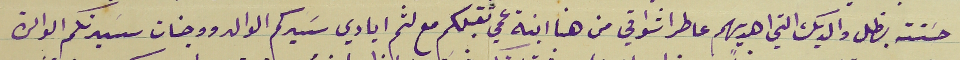
حسَنة بظل والديك التي اهديهم عاطر اشواقي من هنا ابنة عمي تقبلكم مع لثم ايادي سَيدكم الوالد ووجنات سَيدتكم الوالدة